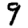
Digit: 9